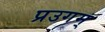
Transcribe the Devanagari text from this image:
प्रउगम्